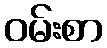
ဝမ်းစာ